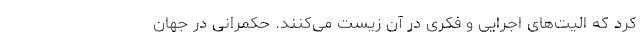
کرد که اِلیت­های اجرایی و فکری در آن زیست می­کنند. حکمرانی در جهان